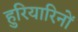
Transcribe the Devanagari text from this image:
हुरियारिनों